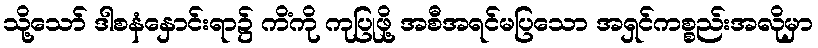
သို့သော် ဒါစနံနှောင်းရာ၌ ကိံကို ကုပြုဖို့ အစီအရင်မပြသော အရှင်ကစ္စည်းအလိုမှာ